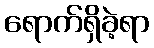
ရောက်ရှိခဲ့ရာ